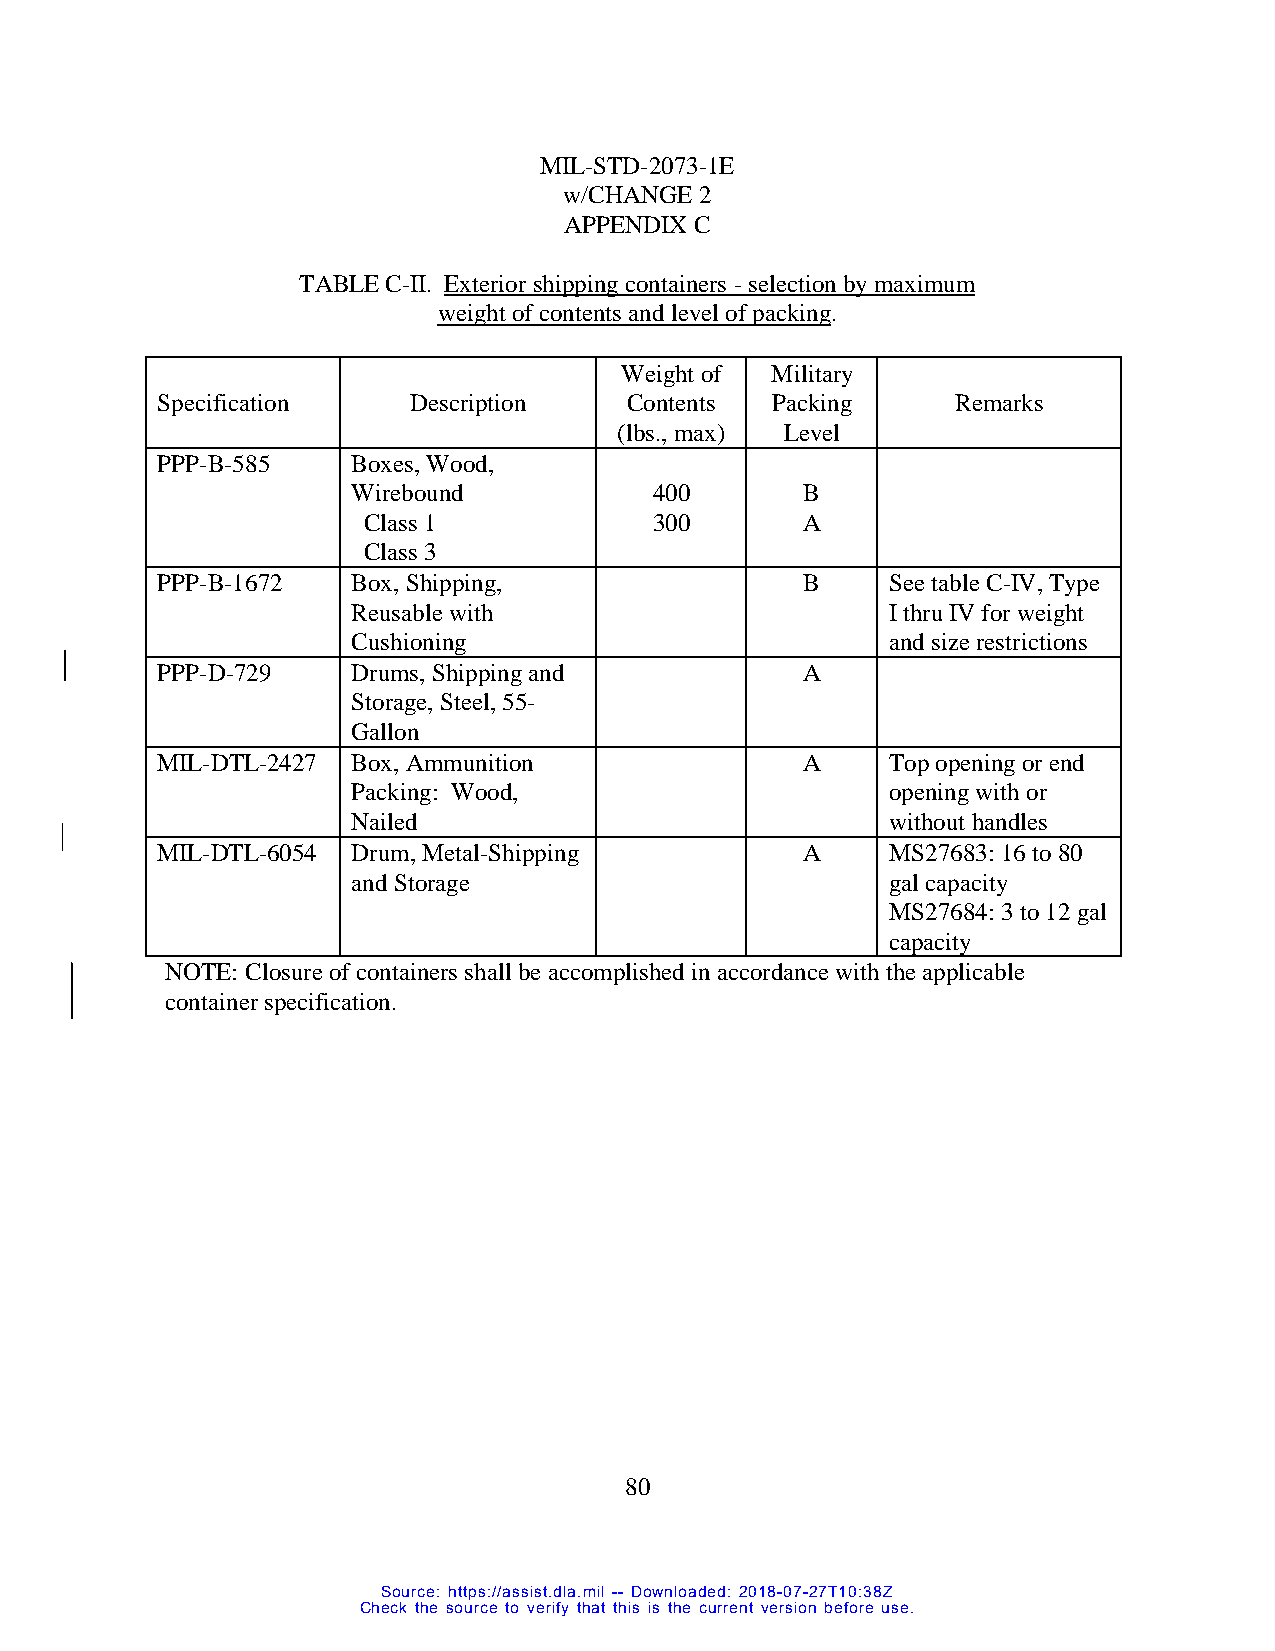
MIL-STD-2073-1E
 w/CHANGE 2
 APPENDIX C
 TABLE C-II. Exterior shipping containers - selection by maximum
 weight of contents and level of packing.
 Weight of Military
 Specification    Description   Contents  Packing     Remarks
 (lbs., max) Level
 PPP-B-585    Boxes, Wood,
 Wirebound           400       B
 Class 1            300       A
 Class 3
 PPP-B-1672   Box, Shipping,                B     See table C-IV, Type
 Reusable with                       I thru IV for weight
 Cushioning                          and size restrictions
 PPP-D-729    Drums, Shipping and           A
 Storage, Steel, 55-
 Gallon
 MIL-DTL-2427 Box, Ammunition               A     Top opening or end
 Packing: Wood,                      opening with or
 Nailed                              without handles
 MIL-DTL-6054 Drum, Metal-Shipping          A     MS27683: 16 to 80
 and Storage                         gal capacity
 MS27684: 3 to 12 gal
 capacity
 NOTE: Closure of containers shall be accomplished in accordance with the applicable
 container specification.
 80
 Source: https://assist.dla.mil -- Downloaded: 2018-07-27T10:38Z
 Check the source to verify that this is the current version before use.